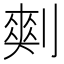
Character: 𰄾